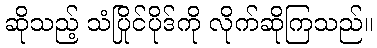
ဆိုသည့် သံပြိုင်ပိုဒ်ကို လိုက်ဆိုကြသည်။